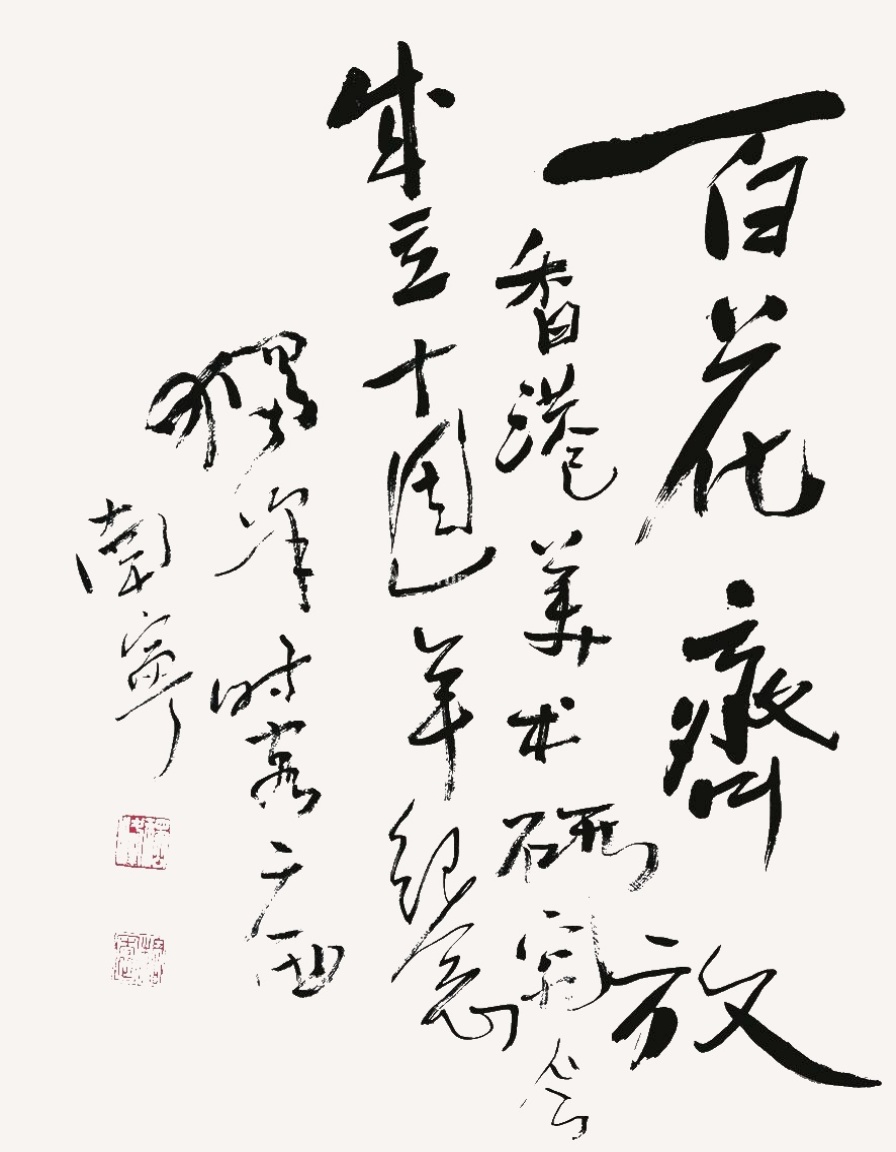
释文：百花齐放香港美术研究会成立十周年纪念，独峰时客广西南宁。